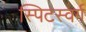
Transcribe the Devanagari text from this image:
स्पिटस्वर्ग